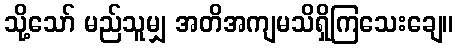
သို့သော် မည်သူမျှ အတိအကျမသိရှိကြသေးချေ။